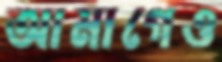
আমাগেও